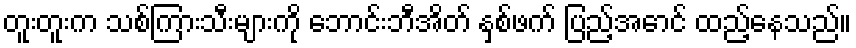
တူးတူးက သစ်ကြားသီးများကို ဘောင်းဘီအိတ် နှစ်ဖက် ပြည့်အောင် ထည့်နေသည်။